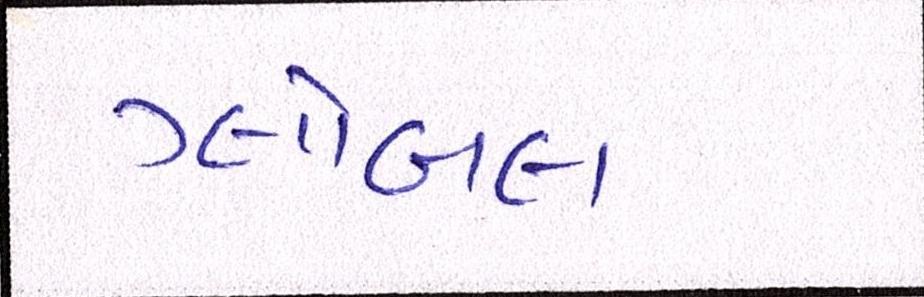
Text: ગ્લોબલ